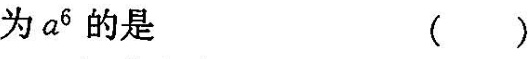
为a^{6}的是( )